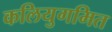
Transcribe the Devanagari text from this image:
कलियुगमित